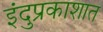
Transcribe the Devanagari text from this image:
इंदुप्रकाशात